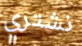
نشتري